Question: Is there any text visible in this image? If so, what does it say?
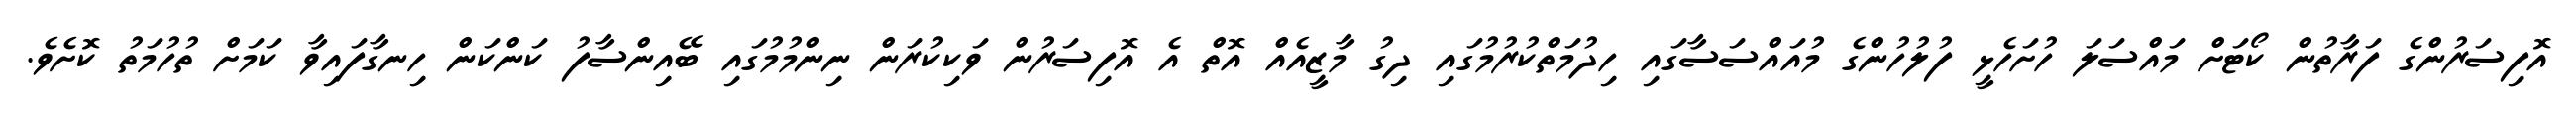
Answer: އޮފިސަރުންގެ ފަރާތުން ކޯޓަށް މައްސަލަ ހުށަހެޅީ ފުލުހުންގެ މުއައްސަސާގައި ހިދުމަތްކުރުމުގައި ދިގު މާޒީއެއް އޮތް އެ އޮފިސަރުން ވަކިކުރަން ނިންމުމުގައި ބޭއިންސާފު ކަންކަން ހިނގާފައިވާ ކަމަށް ތުހުމަތު ކޮށެވެ.